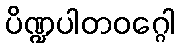
ပိဏ္ဍပါတဝဂ္ဂေါ